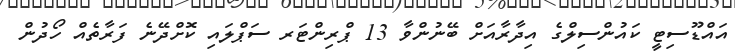
އައްޑޫސިޓީ ކައުންސިލްގެ އިދާރާއަށް ބޭނުންވާ 13 ޕްރިންޓަރ ސަޕްލައި ކޮށްދޭނެ ފަރާތެއް ހޯދުން